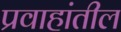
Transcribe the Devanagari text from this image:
प्रवाहांतील